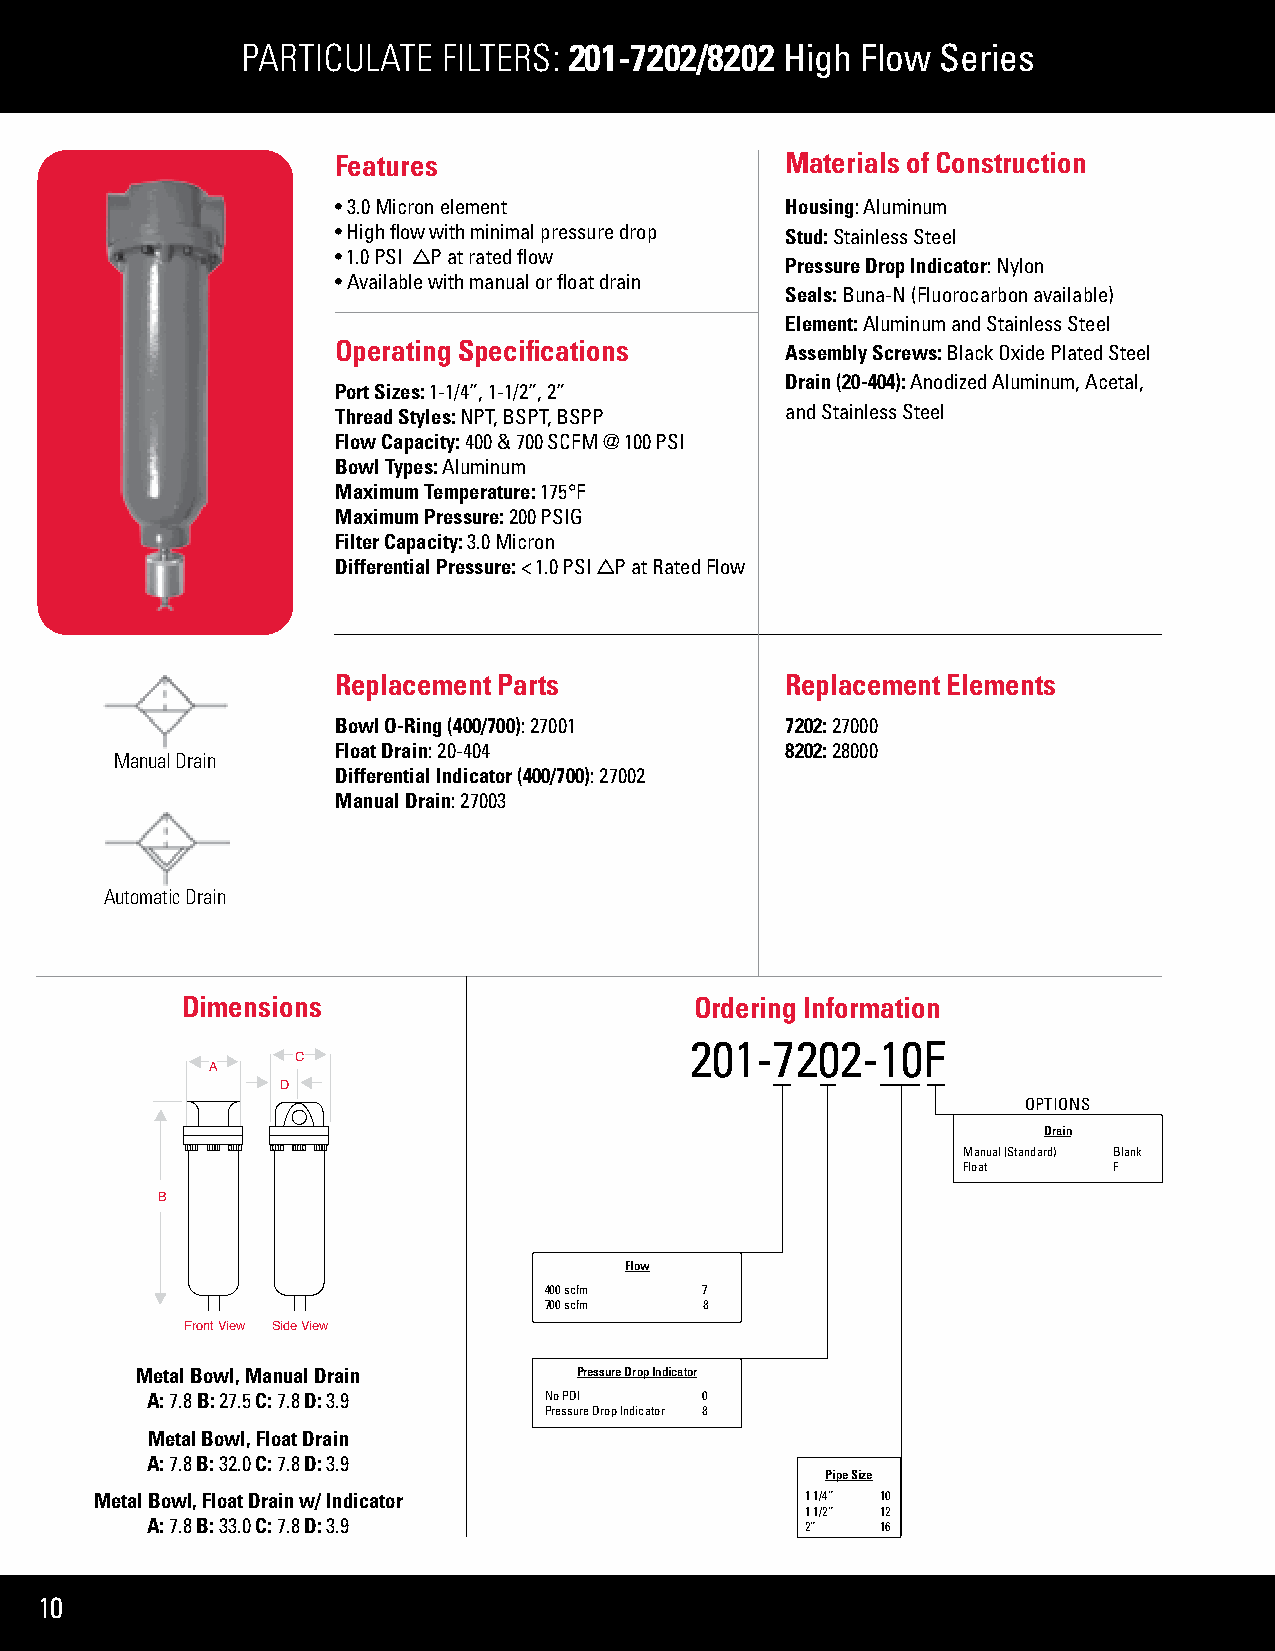
PARTICULATE  FILTERS: 201-7202/8202 High Flow Series
 Features                      Materials of Construction
 • 3.0 Micron element          Housing: Aluminum
 • High flow with minimal pressure drop Stud: Stainless Steel
 • 1.0 PSI P at rated flow
 Pressure Drop Indicator: Nylon
 • Available with manual or float drain
 Seals: Buna-N (Fluorocarbon available)
 Element: Aluminum and Stainless Steel
 Operating Specifications      Assembly Screws: Black Oxide Plated Steel
 Drain (20-404): Anodized Aluminum, Acetal,
 Port Sizes: 1-1/4”, 1-1/2”, 2”
 Thread Styles: NPT, BSPT, BSPP and Stainless Steel
 Flow Capacity: 400 & 700 SCFM @ 100 PSI
 Bowl Types: Aluminum
 Maximum Temperature: 175°F
 Maximum Pressure: 200 PSIG
 Filter Capacity: 3.0 Micron
 Differential Pressure: < 1.0 PSI P at Rated Flow
 Replacement Parts             Replacement Elements
 Bowl O-Ring (400/700): 27001  7202: 27000
 Float Drain: 20-404           8202: 28000
 Manual Drain
 Differential Indicator (400/700): 27002
 Manual Drain: 27003
 Automatic Drain
 Dimensions                        Ordering Information
 201-7202-10F
 C
 A
 D
 OPTIONS
 Drain
 Manual (Standard) Blank
 Float     F
 B
 Flow
 400 scfm   7
 700 scfm   8
 Front View Side View
 Metal Bowl, Manual Drain     Pressure Drop Indicator
 A: 7.8 B: 27.5 C: 7.8 D: 3.9 No PDI  0
 Pressure Drop Indicator 8
 Metal Bowl, Float Drain
 A: 7.8 B: 32.0 C: 7.8 D: 3.9
 Pipe Size
 Metal Bowl, Float Drain w/ Indicator           1 1/4” 10
 1 1/2” 12
 A: 7.8 B: 33.0 C: 7.8 D: 3.9               2”   16
 10